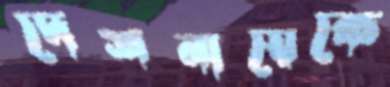
দেশনায়েকে